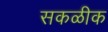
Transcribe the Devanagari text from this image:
सकळीक